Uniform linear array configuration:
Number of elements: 12
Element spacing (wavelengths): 1
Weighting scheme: binomial
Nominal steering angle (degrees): -30
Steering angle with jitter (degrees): -28.906
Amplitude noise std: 0.05
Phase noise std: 0.05

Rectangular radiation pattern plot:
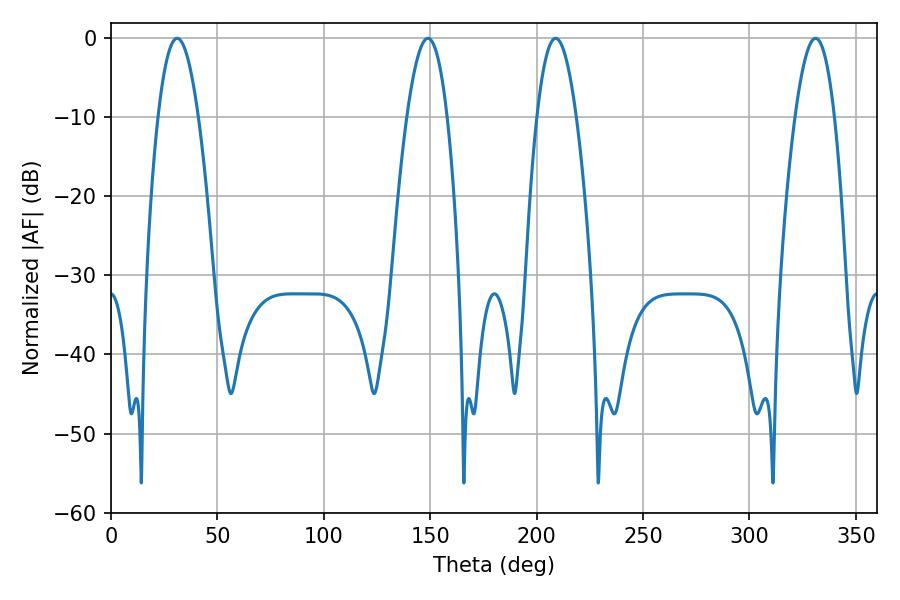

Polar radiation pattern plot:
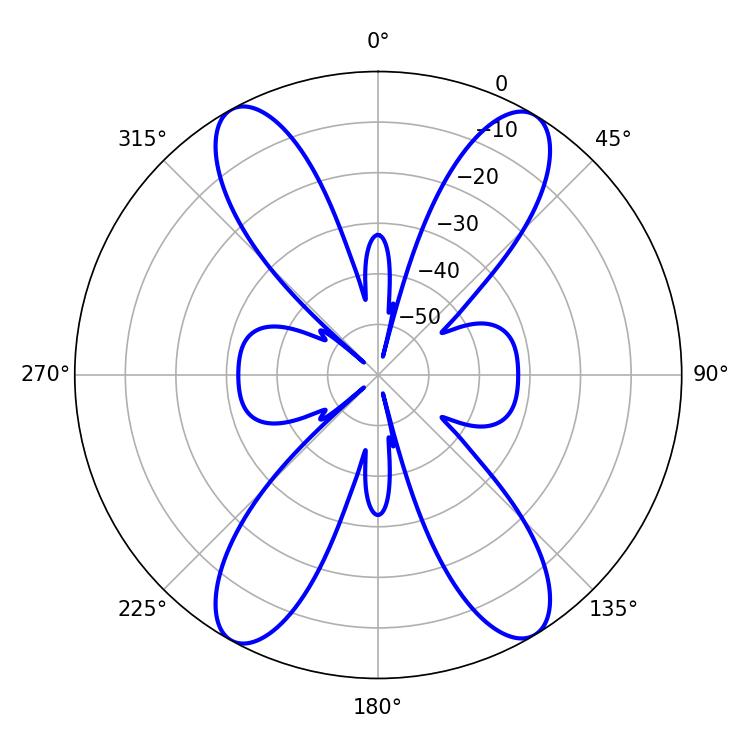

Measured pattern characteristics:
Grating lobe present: TRUE
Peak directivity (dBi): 20.705
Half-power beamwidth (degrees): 10.26
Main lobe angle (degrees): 208.98